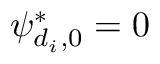
\psi _ { d _ { i } , 0 } ^ { * } = 0